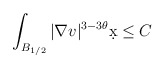
\begin{align*}&\int_{B_{1/2}} |\nabla v|^{3-3\theta} \d x \leq C\end{align*}